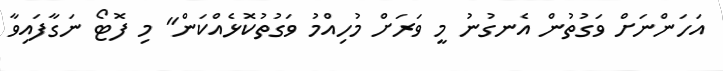
އަހަންނަށް ވަގުތުން އެނގުނު މީ ވަރަށް މުހިއްމު ވަގުތުކޮޅެއްކަން" މި ފޮޓޯ ނަގާފައިވާ